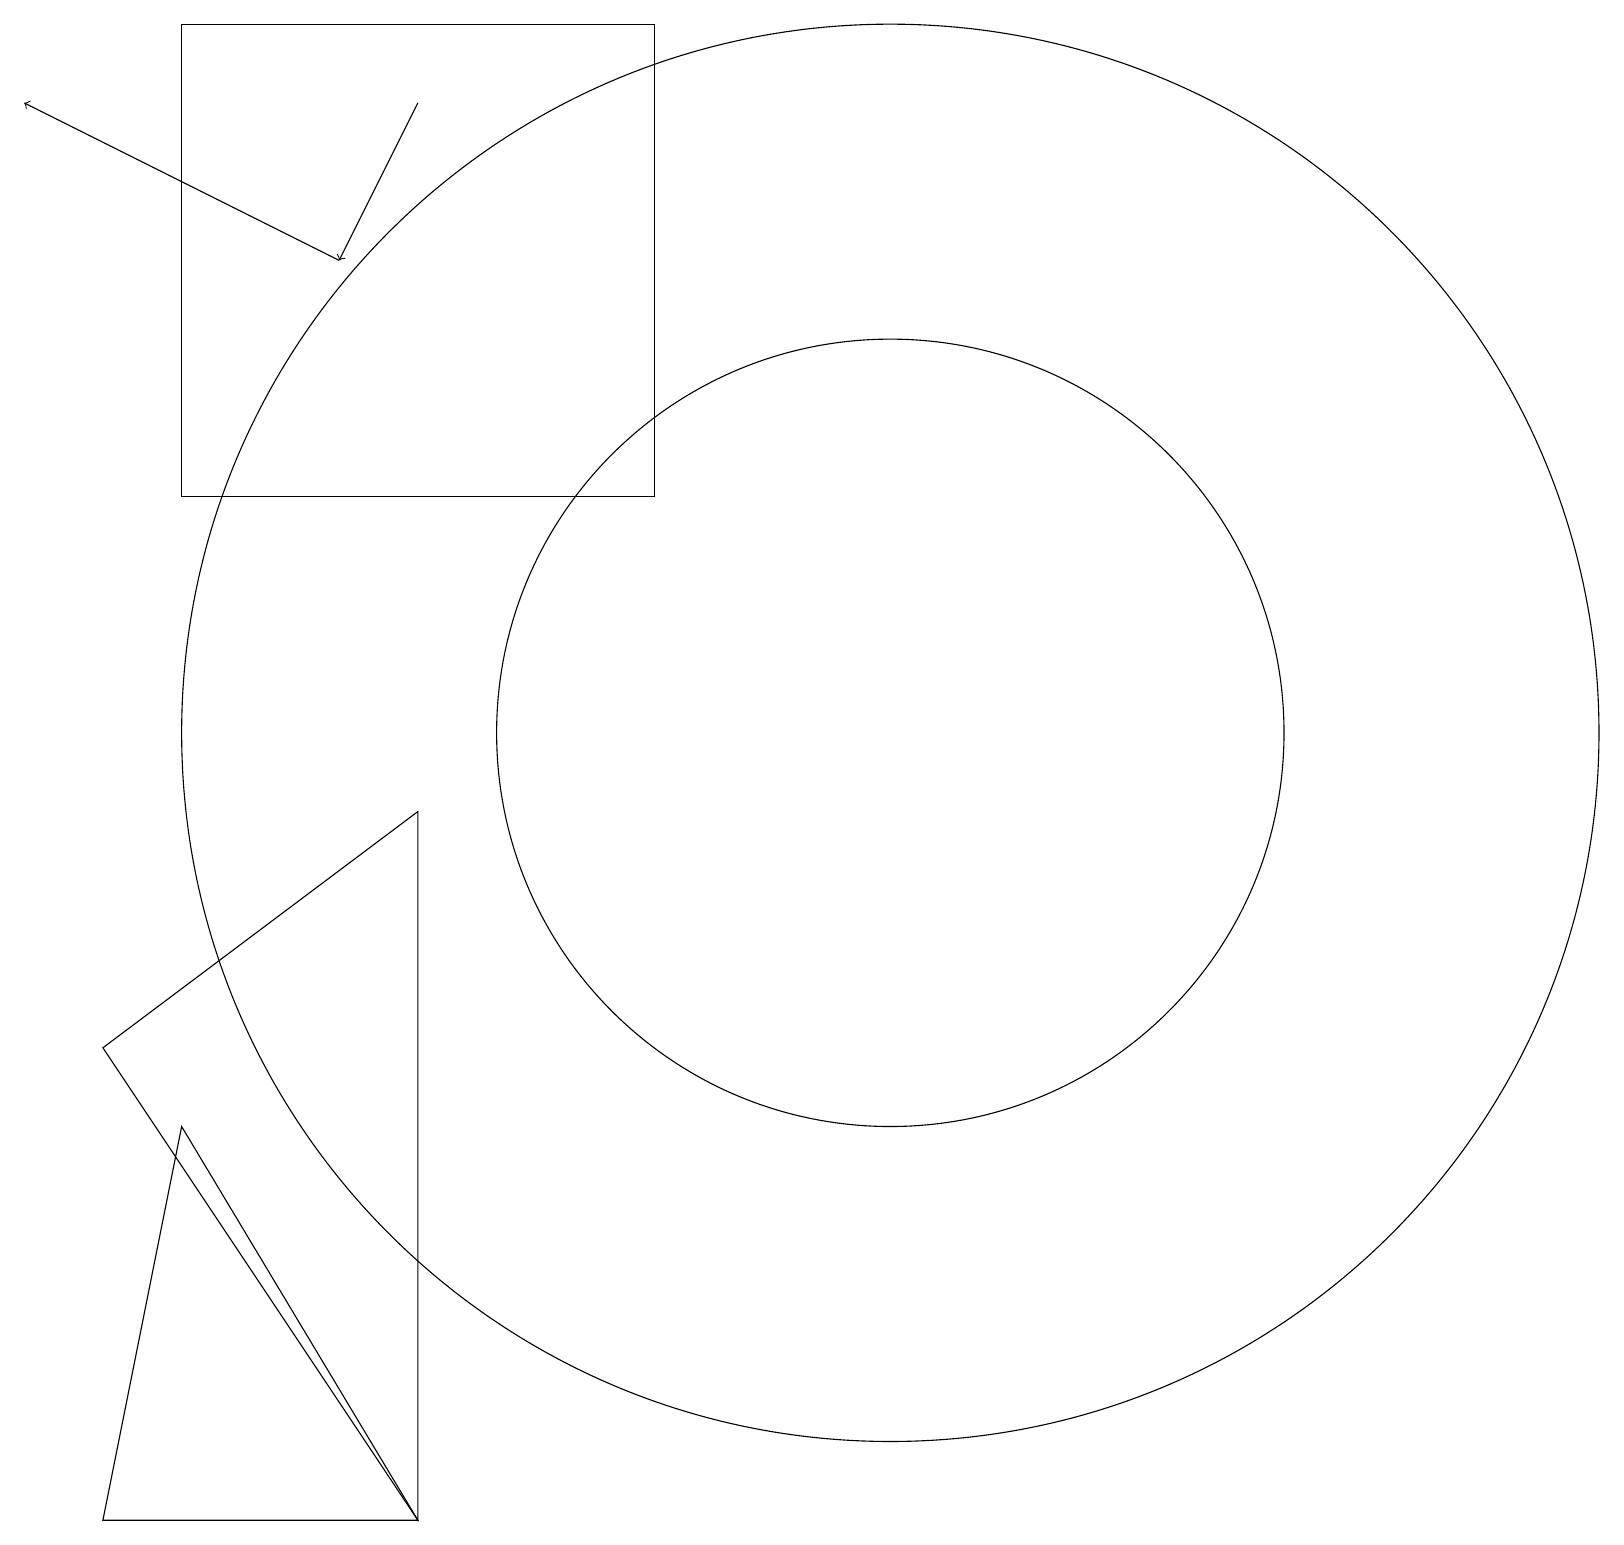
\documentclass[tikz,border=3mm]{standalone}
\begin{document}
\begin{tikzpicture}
\draw[->] (5,18) -- (4,16);
\draw[->] (4,16) -- (0,18);
\draw (10,10) circle (0);
\draw (11,10) circle (9);
\draw (5,0) -- (1,0) -- (2,5) -- cycle;
\draw (1,6) -- (5,0) -- (5,9) -- cycle;
\draw (11,10) circle (5);
\draw (8,19) rectangle (2,13);
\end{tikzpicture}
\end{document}